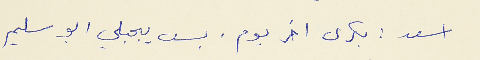
اسعد : بكرى اخر يوم. بس يجبلي ابو سليم